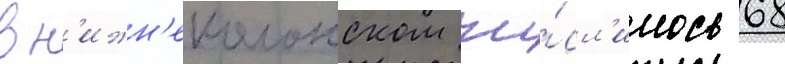
в н'ижн'еколонском чи́сл'илось 68